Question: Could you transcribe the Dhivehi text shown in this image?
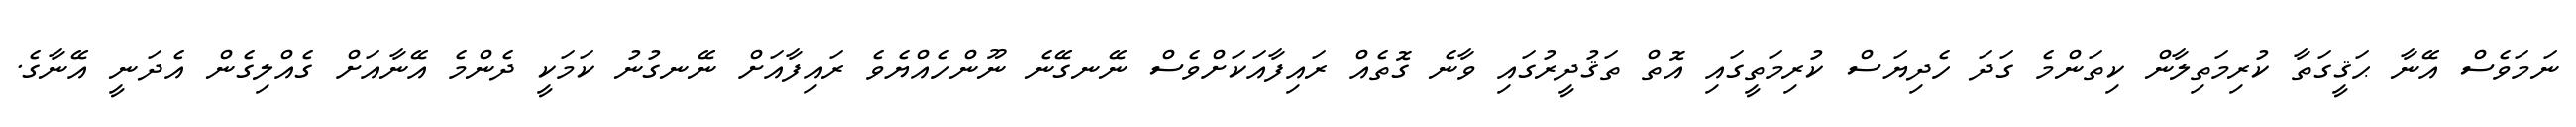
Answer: ނަމަވެސް އޭނާ ޙަޤީގަތާ ކުރިމަތިލާން ކިތަންމެ ގަދަ ހެދިޔަސް ކުރިމަތީގައި އޮތް ތަޤުދީރުގައި ވާނެ ގޮތެއް ރައިފާއަކަށްވެސް ނޭނގޭނެ ނޫންހެއްޔެވެ ރައިފާއަށް ނޭނގުނު ކަމަކީ ދެންމެ އޭނާއަށް ގެއްލިގެން އެދަނީ އޭނާގެ.